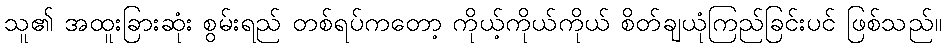
သူ၏ အထူးခြားဆုံး စွမ်းရည် တစ်ရပ်ကတော့ ကိုယ့်ကိုယ်ကိုယ် စိတ်ချယုံကြည်ခြင်းပင် ဖြစ်သည်။